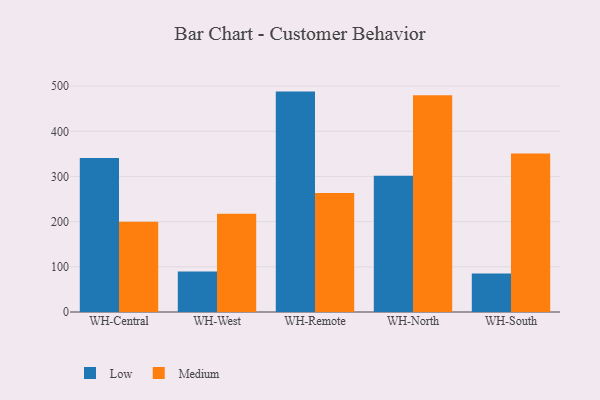
{"axis": {"x": "Warehouse", "y": "Revenue (USD Million)"}, "legend": ["Low", "Medium"], "data": [{"x": "WH-Central", "y": 341.1, "type": "Low"}, {"x": "WH-Central", "y": 199.6, "type": "Medium"}, {"x": "WH-West", "y": 89.7, "type": "Low"}, {"x": "WH-West", "y": 217.5, "type": "Medium"}, {"x": "WH-Remote", "y": 487.9, "type": "Low"}, {"x": "WH-Remote", "y": 263.5, "type": "Medium"}, {"x": "WH-North", "y": 301.8, "type": "Low"}, {"x": "WH-North", "y": 479.6, "type": "Medium"}, {"x": "WH-South", "y": 85.3, "type": "Low"}, {"x": "WH-South", "y": 350.6, "type": "Medium"}]}